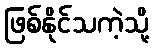
ဖြစ်နိုင်သကဲ့သို့